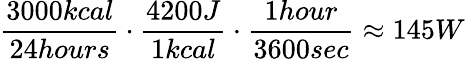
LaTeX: \frac{3000kcal}{24hours}\cdot\frac{4200J}{1kcal}\cdot\frac{1hour}{3600sec}\approx 145W